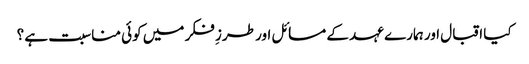
کیا اقبال اور ہمارے عہد کے مسائل اور طرزِ فکر میں کوئی مناسبت ہے ؟